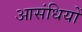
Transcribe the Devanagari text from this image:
आसंधियों